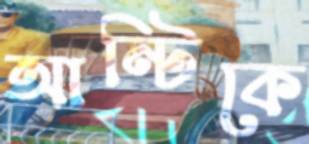
আন্টিকে